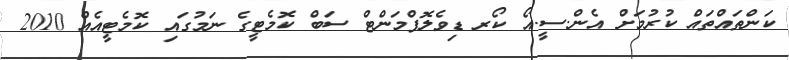
ކަންތައްތައް ކުރުމަށް އެން.ސީ.އޯ ކޯރ ޑިވެލޮޕްމަންޓް ސަބް ކޮމެޓީގެ ނަމުގައި ކޮމެޓީއެއް 2010